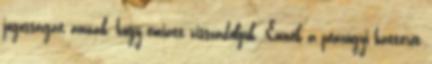
jogosságát annak, hogy emiatt visszadobjuk. Ennek a pénzügyi hátterét